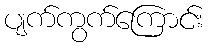
ပျက်ကွက်ကြောင်း